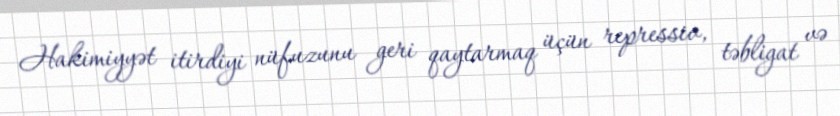
Hakimiyyət itirdiyi nüfuzunu geri qaytarmaq üçün repressiv, təbligat və